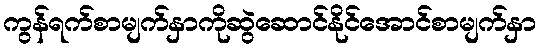
ကွန်ရက်စာမျက်နှာကိုဆွဲဆောင်နိုင်အောင်စာမျက်နှာ